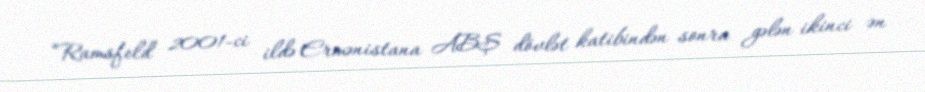
“Ramsfeld 2001-ci ildə Ermənistana ABŞ dövlət katibindən sonra gələn ikinci ən